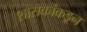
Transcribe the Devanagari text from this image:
शासकांकडून